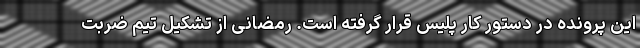
این پرونده در دستور کار پلیس قرار گرفته است. رمضانی از تشکیل تیم ضربت